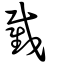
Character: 截